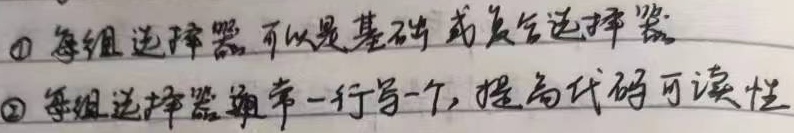
\textcircled{1} 每组选择器可以是基础或复合选择器。
\textcircled{2} 每组选择器通常一行写一个，提高代码可读性。